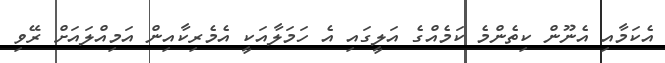
އެކަމާއި އެނޫން ކިތެންމެ ކަމެއްގެ އަލީގައި އެ ހަމަލާއަކީ އެމެރިކާއިން އަމިއްލައަށް ރޭވި